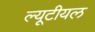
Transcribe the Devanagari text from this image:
ल्यूटीयल